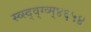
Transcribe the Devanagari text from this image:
स्व्स्द्व्ग्व्म्४६५४